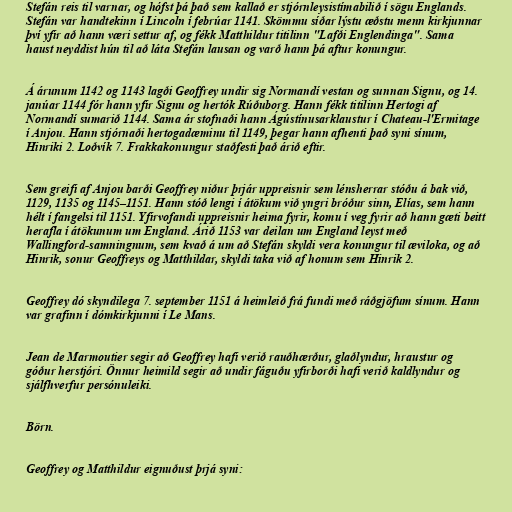
Stefán reis til varnar, og hófst þá það sem kallað er stjórnleysistímabilið í sögu Englands.
Stefán var handtekinn í Lincoln í febrúar 1141. Skömmu síðar lýstu æðstu menn kirkjunnar
því yfir að hann væri settur af, og fékk Matthildur titilinn "Lafði Englendinga". Sama
haust neyddist hún til að láta Stefán lausan og varð hann þá aftur konungur.

Á árunum 1142 og 1143 lagði Geoffrey undir sig Normandí vestan og sunnan Signu, og 14.
janúar 1144 fór hann yfir Signu og hertók Rúðuborg. Hann fékk titilinn Hertogi af
Normandí sumarið 1144. Sama ár stofnaði hann Ágústínusarklaustur í Chateau-l'Ermitage
í Anjou. Hann stjórnaði hertogadæminu til 1149, þegar hann afhenti það syni sínum,
Hinriki 2. Loðvík 7. Frakkakonungur staðfesti það árið eftir.

Sem greifi af Anjou barði Geoffrey niður þrjár uppreisnir sem lénsherrar stóðu á bak við,
1129, 1135 og 1145–1151. Hann stóð lengi í átökum við yngri bróður sinn, Elías, sem hann
hélt í fangelsi til 1151. Yfirvofandi uppreisnir heima fyrir, komu í veg fyrir að hann gæti beitt
herafla í átökunum um England. Árið 1153 var deilan um England leyst með
Wallingford-samningnum, sem kvað á um að Stefán skyldi vera konungur til æviloka, og að
Hinrik, sonur Geoffreys og Matthildar, skyldi taka við af honum sem Hinrik 2.

Geoffrey dó skyndilega 7. september 1151 á heimleið frá fundi með ráðgjöfum sínum. Hann
var grafinn í dómkirkjunni í Le Mans.

Jean de Marmoutier segir að Geoffrey hafi verið rauðhærður, glaðlyndur, hraustur og
góður herstjóri. Önnur heimild segir að undir fáguðu yfirborði hafi verið kaldlyndur og
sjálfhverfur persónuleiki.

Börn.

Geoffrey og Matthildur eignuðust þrjá syni: